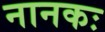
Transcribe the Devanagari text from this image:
नानकः